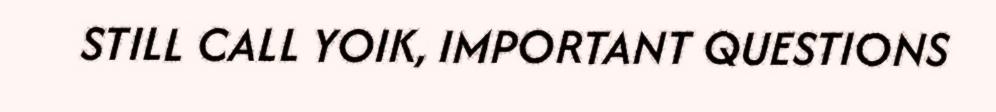
STILL CALL YOIK, IMPORTANT QUESTIONS